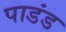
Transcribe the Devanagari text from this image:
पाडंड